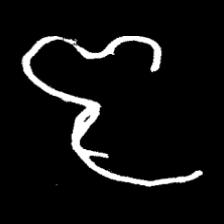
Pyu character \u2014 Myanmar letter: ဇ (romanized: ja)